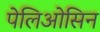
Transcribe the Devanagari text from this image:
पेलिओसिन